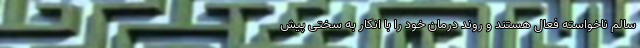
سالم ناخواسته فعال هستند و روند درمان خود را با انکار به سختی پیش